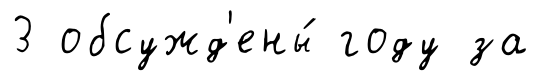
3 обсужд'ены́ году за